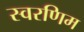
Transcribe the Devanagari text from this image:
स्वरणिम